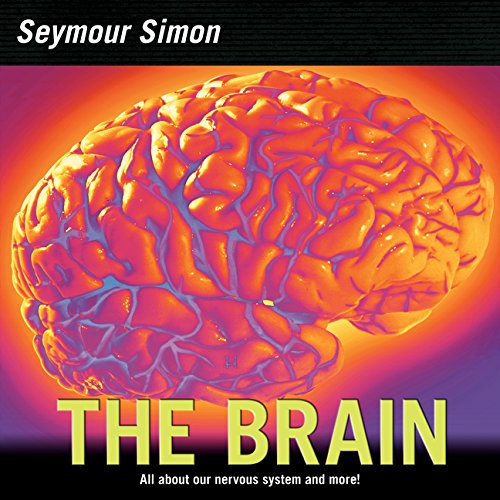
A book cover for The Brain: All about Our Nervous System and More!; Seymour Simon; Children's Books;